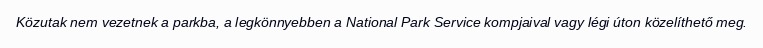
Közutak nem vezetnek a parkba, a legkönnyebben a National Park Service kompjaival vagy légi úton közelíthető meg.